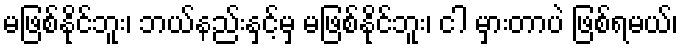
မဖြစ်နိုင်ဘူး၊ ဘယ်နည်းနှင့်မှ မဖြစ်နိုင်ဘူး၊ ငါ မှားတာပဲ ဖြစ်ရမယ်၊